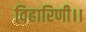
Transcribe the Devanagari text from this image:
विहारिणी।।